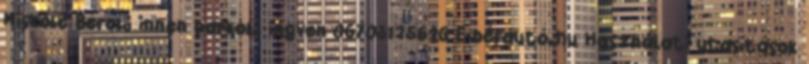
Miskolc Bérelj innen parkolj ingyen 06703125626 E-bérautó.hu Használati utasítások